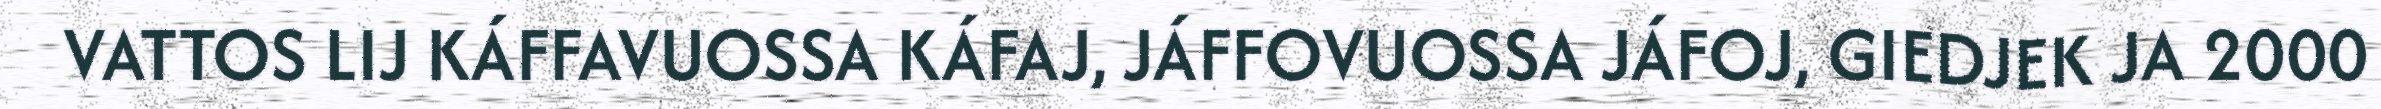
VATTOS LIJ KÁFFAVUOSSA KÁFAJ, JÁFFOVUOSSA JÁFOJ, GIEDJEK JA 2000